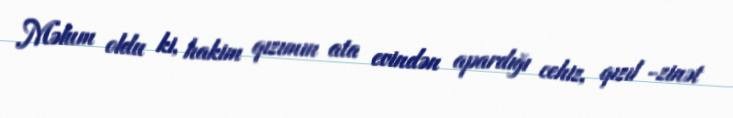
Məlum oldu ki, hakim qızımın ata evindən apardığı cehiz, qızıl -zinət